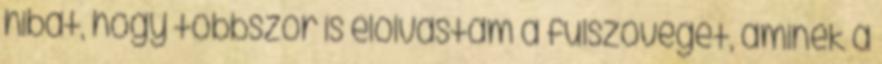
hibát, hogy többször is elolvastam a fülszöveget, aminek a